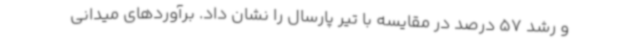
و رشد 57 درصد در مقایسه با تیر پارسال را نشان داد. برآوردهای میدانی